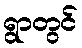
ရွာတွင်